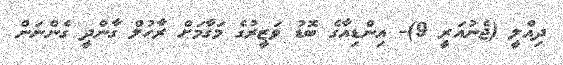
ދިއްލީ (ޖެނުއަރީ 9)- އިންޑިއާގެ ބޮޑު ވަޒީރުގެ މަގާމަށް ރާހުލް ގާންދީ ގެންނަން